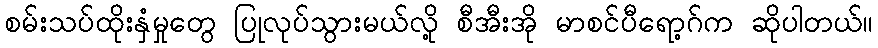
စမ်းသပ်ထိုးနှံမှုတွေ ပြုလုပ်သွားမယ်လို့ စီအီးအို မာစင်ပီရော့ဂ်က ဆိုပါတယ်။